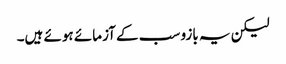
لیکن یہ بازو سب کے آزمائے ہوئے ہیں۔